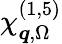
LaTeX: \chi_{\boldsymbol{q},\Omega}^{(1,5)}